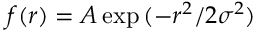
f ( r ) = A \exp { ( - r ^ { 2 } / 2 \sigma ^ { 2 } ) }